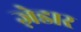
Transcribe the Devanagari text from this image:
ज़ेडार